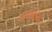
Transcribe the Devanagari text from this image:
ट्रायलिस्ट